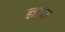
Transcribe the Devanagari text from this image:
ज्ञाय